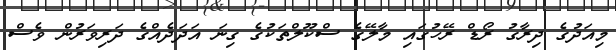
މިއަދުގެ ދިރާގު ރޯޑް ރޭހުގައި މާލޭގެ ސްކޫލްތަކުގެ ގިނަ އަދަދެއްގެ ދަރިވަރުން ވެސް